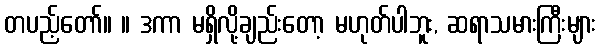
တပည့်တော်။ ။ ဒကာ မရှိလို့ချည်းတော့ မဟုတ်ပါဘူး, ဆရာသမားကြီးများ